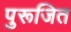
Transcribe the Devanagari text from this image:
पुरूजित